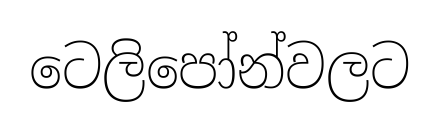
ටෙලිපෝන්වලට